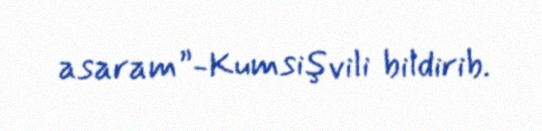
asaram”-Kumsişvili bildirib.